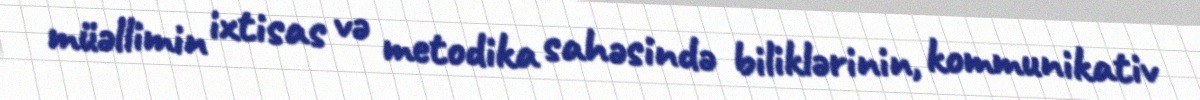
müəllimin ixtisas və metodika sahəsində biliklərinin, kommunikativ